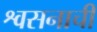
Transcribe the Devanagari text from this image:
श्वसनाची